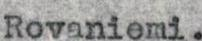
Rovaniemi.